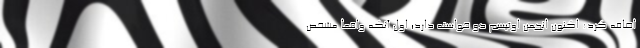
اضافه کرد: اکنون انجمن اوتیسم دو خواسته دارد؛ اول آنکه واقعا مشخص